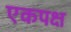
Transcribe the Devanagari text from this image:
एकपक्ष